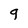
Character: 9